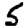
Digit: 5